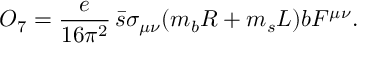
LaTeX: { \cal O } _ { 7 } = \frac { e } { 1 6 \pi ^ { 2 } } \, \bar { s } \sigma _ { \mu \nu } ( m _ { b } R + m _ { s } L ) b F ^ { \mu \nu } .